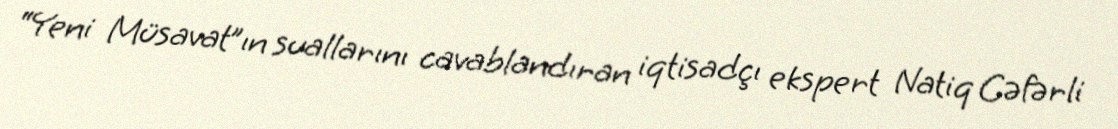
“Yeni Müsavat”ın suallarını cavablandıran iqtisadçı ekspert Natiq Cəfərli